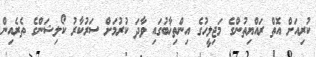
ކުރިއަށް އޮތް ރައްޔިތުންގެ މަޖިލީހުގެ އިންތިޚާބުގައި ވާދަ ކުރުމަށް ސަރުކާރު ކޯލިޝަންގެ ތެރެއިން